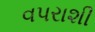
વપરાશી